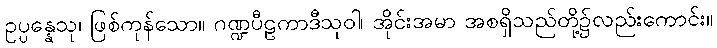
ဥပ္ပန္နေသု၊ ဖြစ်ကုန်သော။ ဂဏ္ဍပီဠကာဒီသုဝါ၊ အိုင်းအမာ အစရှိသည်တို့၌လည်းကောင်း။